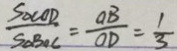
\frac { S _ { \Delta C O D } } { S _ { \Delta B O C } } = \frac { O B } { O D } = \frac { 1 } { 3 }